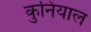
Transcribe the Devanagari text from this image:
कुनियाल